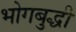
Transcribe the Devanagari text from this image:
भोगबुद्धी